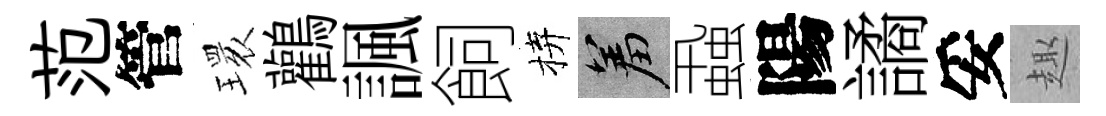
范管𤨔鸛諷飼拚羞蝨陽譎妥趣